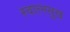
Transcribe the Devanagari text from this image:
स्वात्मसुख